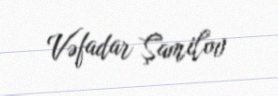
Vəfadar Şamilov